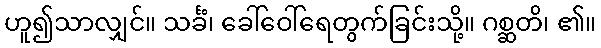
ဟူ၍သာလျှင်။ သင်္ခံ၊ ခေါ်ဝေါ်ရေတွက်ခြင်းသို့။ ဂစ္ဆတိ၊ ၏။